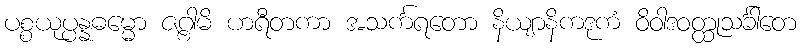
ပစ္စယုပ္ပန္နဓမ္မော ဇဂ္ဂါမိ ဟရီတကာ အသင်္ကရတော နိယျာနိကဒုကံ ဝိဝါဒဝတ္ထုသင်္ခါတေ